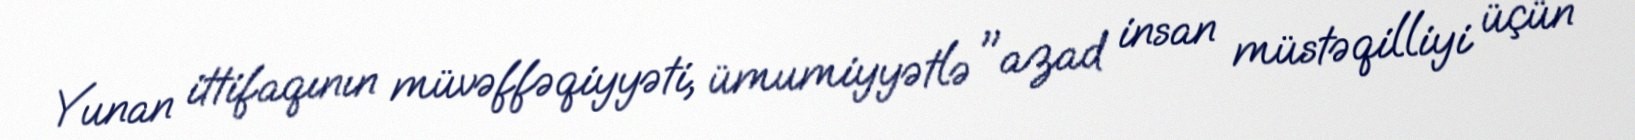
Yunan ittifaqının müvəffəqiyyəti, ümumiyyətlə "azad insan müstəqilliyi üçün